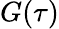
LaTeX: G(\tau)